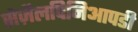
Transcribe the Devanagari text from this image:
सेज़ैलपिनिआपडी